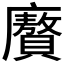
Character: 𭚍